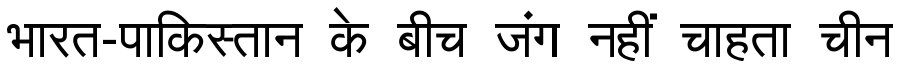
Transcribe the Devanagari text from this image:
भारत-पाकिस्तान के बीच जंग नहीं चाहता चीन